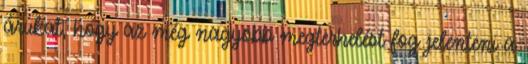
árukat, hogy az még nagyobb megterhelést fog jelenteni a